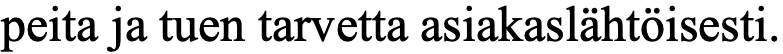
peita ja tuen tarvetta asiakaslähtöisesti.